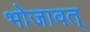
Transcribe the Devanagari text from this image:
भोजावत्